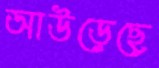
আউড়েছে